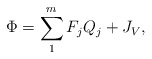
\begin{align*}\Phi=\sum_1^m F_jQ_j + J_V ,\end{align*}